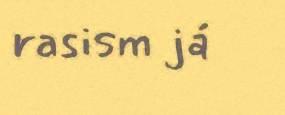
rasism já